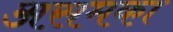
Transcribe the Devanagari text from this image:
असमका